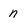
Character: n